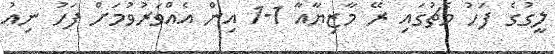
ލީގުގެ ފަހު މެޗުގައި ރޭ މާޒިޔާއާ 1-1 އިން އެއްވަރުވުމަށް ފަހު ނިއު